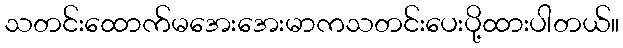
သတင်းထောက်မအေးအေးမာကသတင်းပေးပို့ထားပါတယ်။